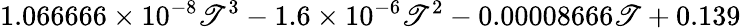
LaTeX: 1.066666\times10^{-8}\mathscr{T}^{3}-1.6\times10^{-6}\mathscr{T}^{2}-0.00008666\mathscr{T}+0.139